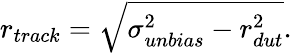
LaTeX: r_{track}=\sqrt{\sigma_{unbias}^{2}-r_{dut}^{2}}.